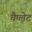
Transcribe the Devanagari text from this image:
चैप्लेट